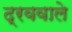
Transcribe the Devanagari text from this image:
द्रववाले